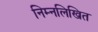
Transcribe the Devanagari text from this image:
निम्‍नलिखित